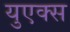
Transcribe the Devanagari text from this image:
युएक्स